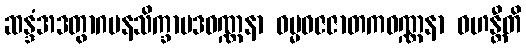
ဆန္ဒံအဒတွာဂမနသိက္ခာပဒဝဏ္ဏနာ ဓမ္မဓဇဇာတကဝဏ္ဏနာ ဝဟန္တီတိ